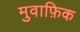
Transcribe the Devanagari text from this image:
मुवाफ़िक